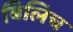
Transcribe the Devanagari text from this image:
बिलिच